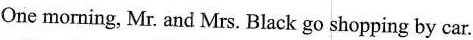
One morning, Mr. And Mrs. Black go shopping by car.